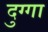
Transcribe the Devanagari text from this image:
दुग्गा